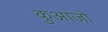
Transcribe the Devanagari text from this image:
कुआजो